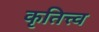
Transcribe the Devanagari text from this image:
कृतित्त्व